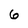
Character: 6